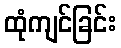
ထုံကျင်ခြင်း